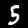
Label: 5